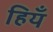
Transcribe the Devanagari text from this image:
हियँ